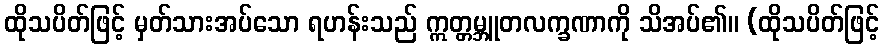
ထိုသပိတ်ဖြင့် မှတ်သားအပ်သော ရဟန်းသည် ဣတ္တမ္ဘူတလက္ခဏာကို သိအပ်၏။ (ထိုသပိတ်ဖြင့်